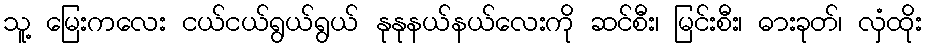
သူ့ မြေးကလေး ငယ်ငယ်ရွယ်ရွယ် နုနုနယ်နယ်လေးကို ဆင်စီး၊ မြင်းစီး၊ ဓားခုတ်၊ လှံထိုး